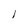
Character: 1